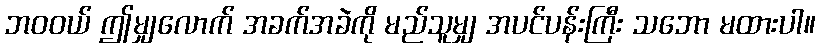
ဘဝဝယ် ဤမျှလောက် အခက်အခဲကို မည်သူမျှ အပင်ပန်းကြီး သဘော မထားပါ။